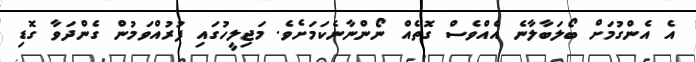
އެ އެންގުމަށް ބޯލަބާލާނެ އެއްވެސް ގޮތެއް ނޯންނާނެކަމަށެވެ. މަޖިލީހުގައި ފުރުއްވަމުން ގެންދަވާ ގޮޑި